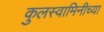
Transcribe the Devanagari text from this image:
कुलस्वामिनीच्या